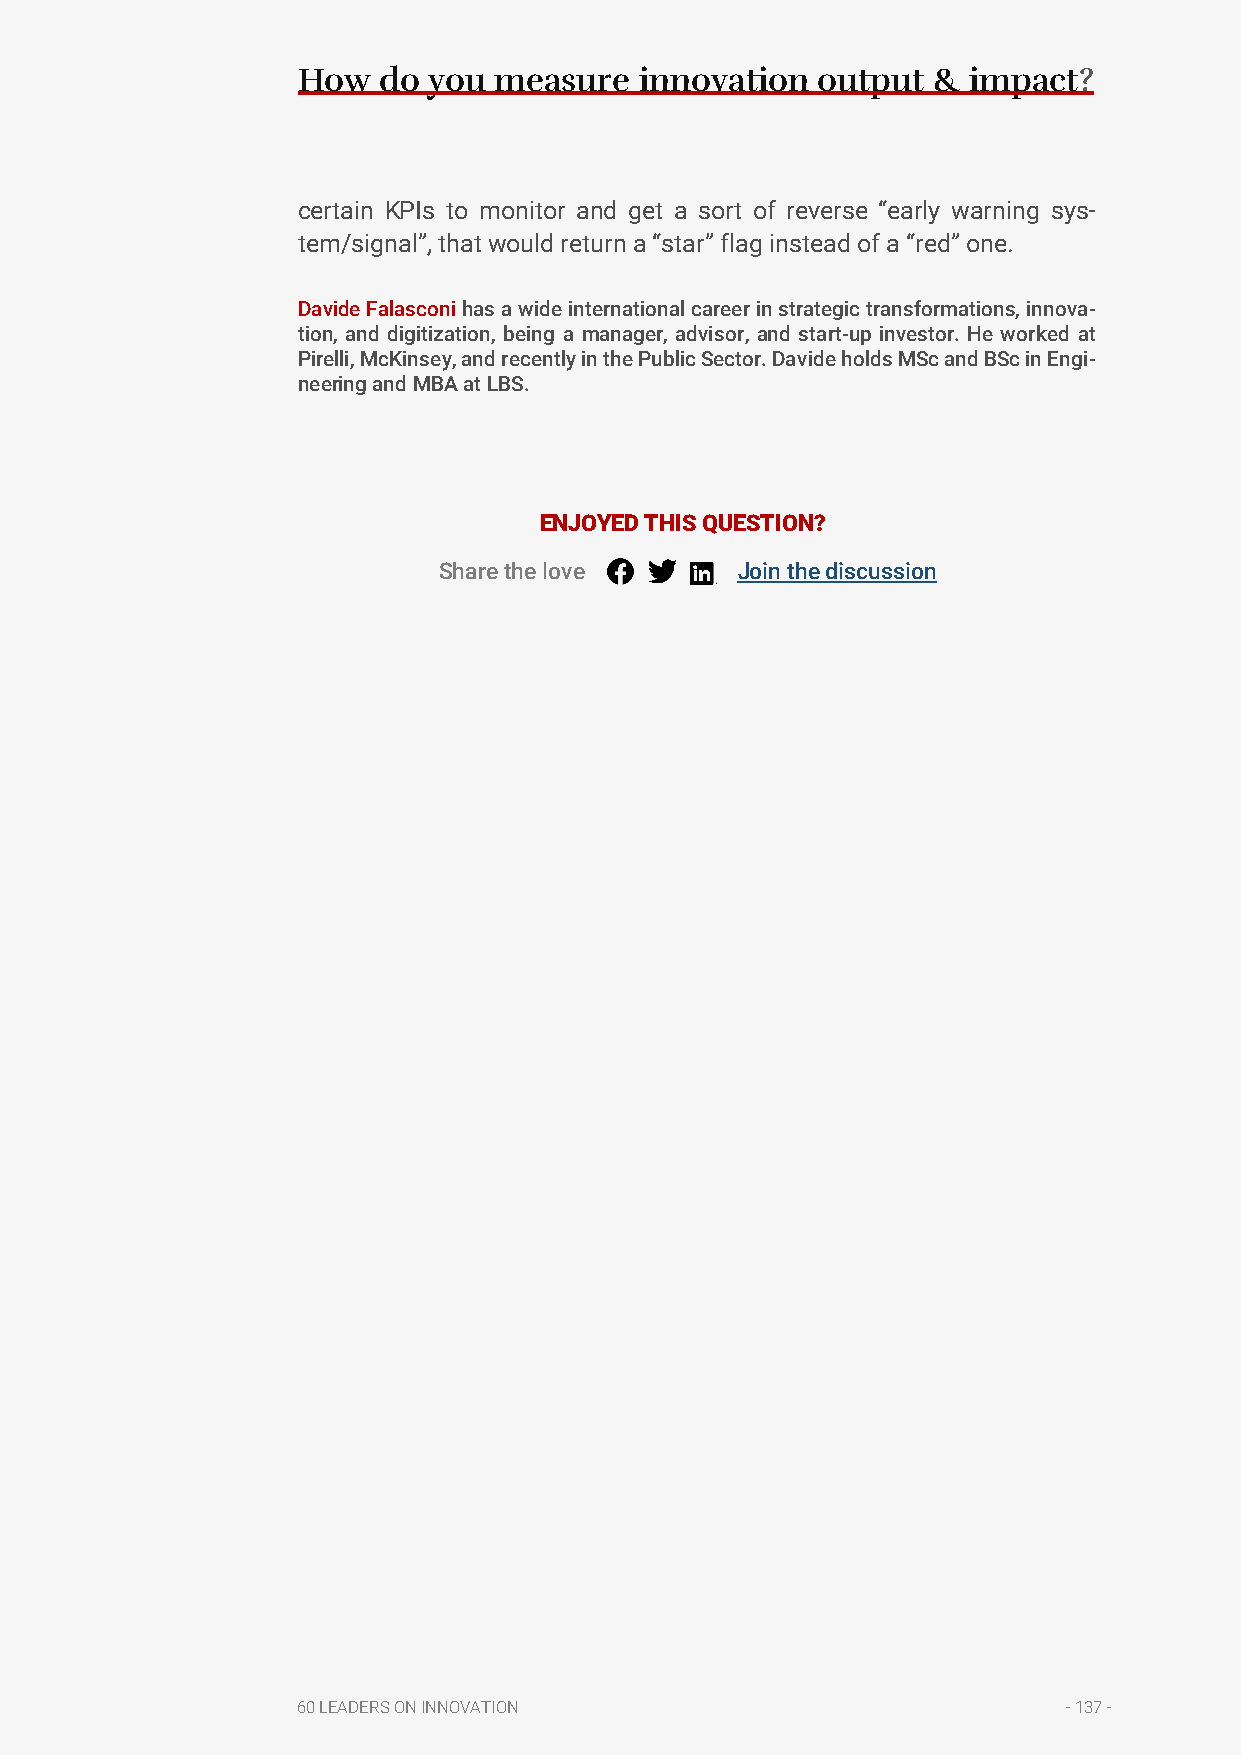
How  do you  measure  innovation  output  & impact?
 certain KPIs to monitor and get a sort of reverse “early warning sys-
 tem/signal”, that would return a “star” flag instead of a “red” one.
 Davide Falasconi has a wide international career in strategic transformations, innova-
 tion, and digitization, being a manager, advisor, and start-up investor. He worked at
 Pirelli, McKinsey, and recently in the Public Sector. Davide holds MSc and BSc in Engi-
 neering and MBA at LBS.
 ENJOYED THIS QUESTION?
 Share the love      Join the discussion
 60 LEADERS ON INNOVATION                           - 137 -